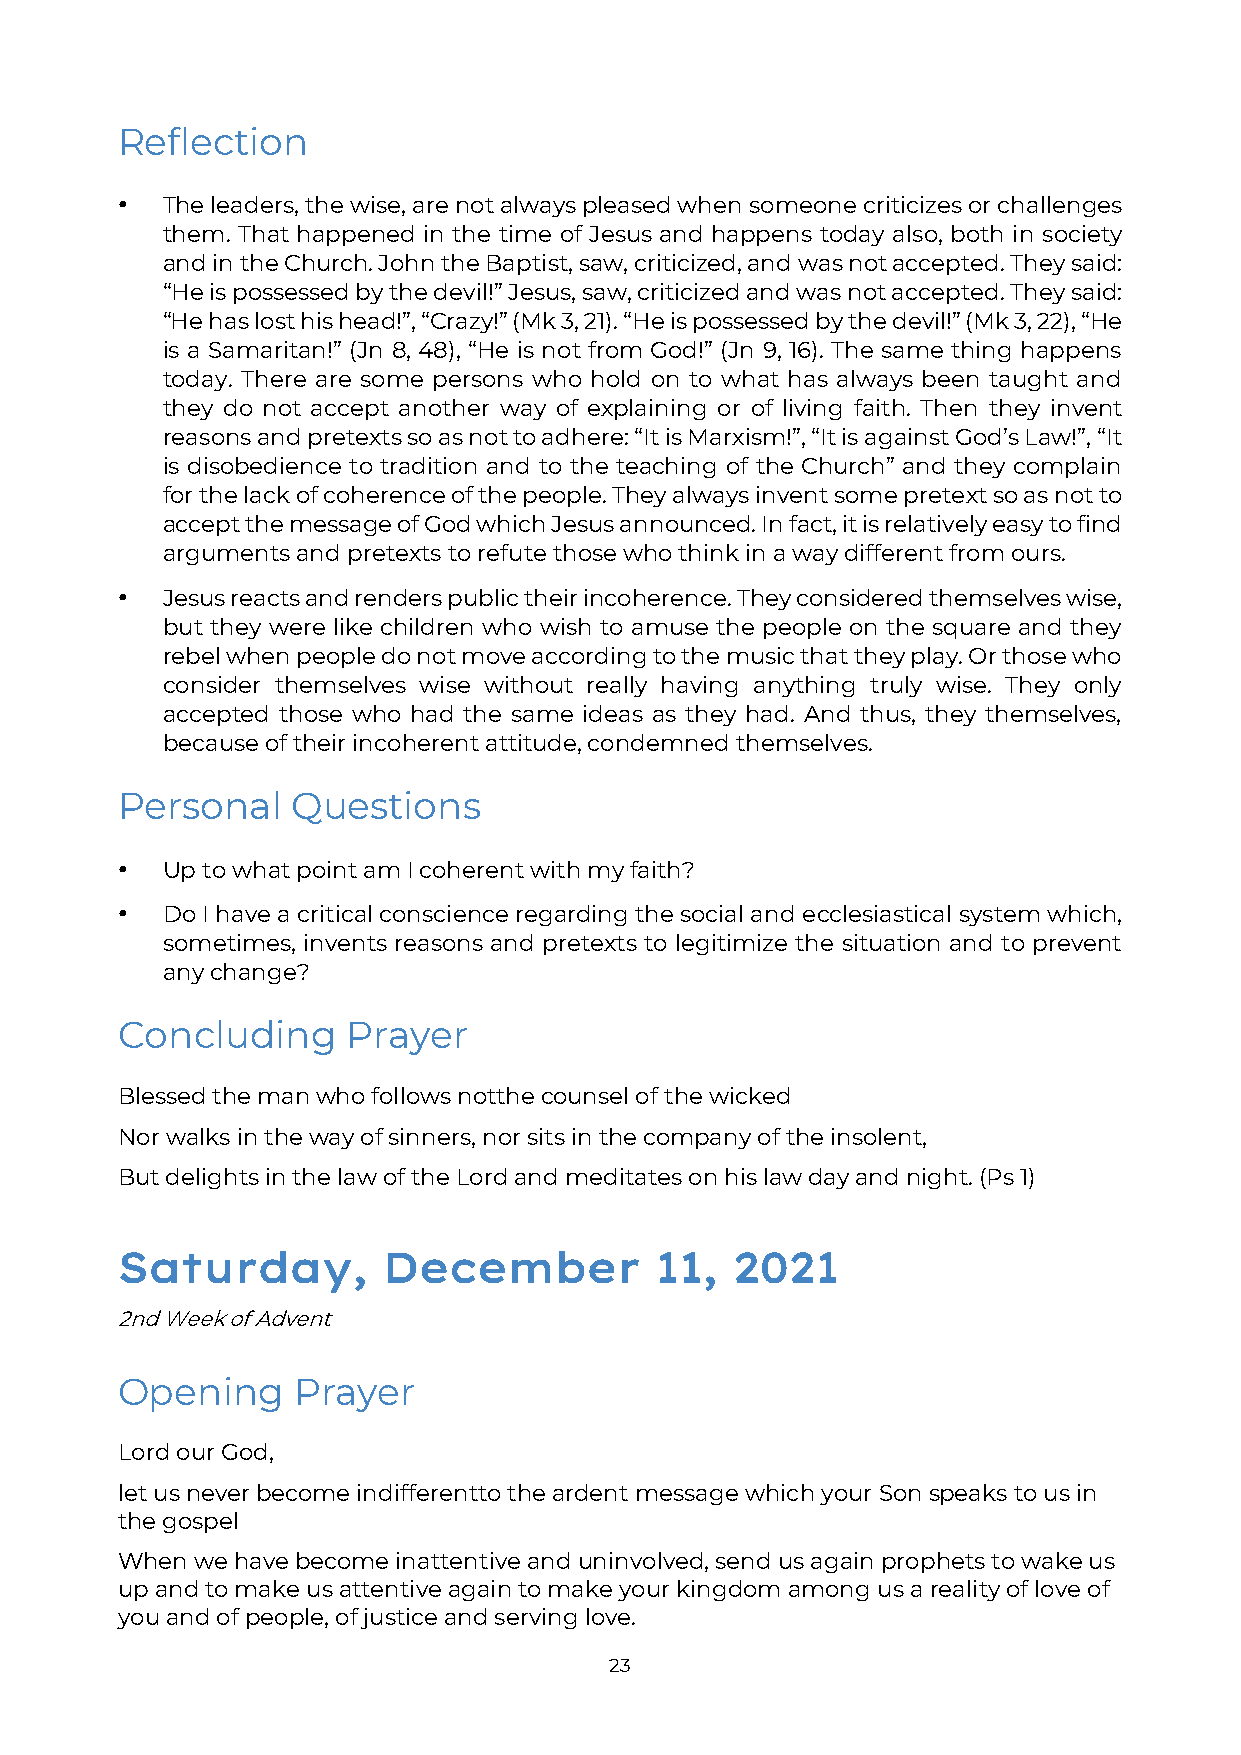
Reflection
 •  The leaders, the wise, are not always pleased when someone criticizes or challenges
 them. That happened in the time of Jesus and happens today also, both in society
 and in the Church. John the Baptist, saw, criticized, and was not accepted. They said:
 “He is possessed by the devil!” Jesus, saw, criticized and was not accepted. They said:
 “He has lost his head!”, “Crazy!” (Mk 3, 21). “He is possessed by the devil!” (Mk 3, 22), “He
 is a Samaritan!” (Jn 8, 48), “He is not from God!” (Jn 9, 16). The same thing happens
 today. There are some persons who hold on to what has always been taught and
 they do not accept another way of explaining or of living faith. Then they invent
 reasons and pretexts so as not to adhere: “It is Marxism!”, “It is against God’s Law!”, “It
 is disobedience to tradition and to the teaching of the Church” and they complain
 for the lack of coherence of the people. They always invent some pretext so as not to
 accept the message of God which Jesus announced. In fact, it is relatively easy to find
 arguments and pretexts to refute those who think in a way different from ours.
 •  Jesus reacts and renders public their incoherence. They considered themselves wise,
 but they were like children who wish to amuse the people on the square and they
 rebel when people do not move according to the music that they play. Or those who
 consider themselves wise without really having anything truly wise. They only
 accepted those who had the same ideas as they had. And thus, they themselves,
 because of their incoherent attitude, condemned themselves.
 Personal   Questions
 •  Up to what point am I coherent with my faith?
 •  Do I have a critical conscience regarding the social and ecclesiastical system which,
 sometimes, invents reasons and pretexts to legitimize the situation and to prevent
 any change?
 Concluding     Prayer
 Blessed the man who follows not the counsel of the wicked
 Nor walks in the way of sinners, nor sits in the company of the insolent,
 But delights in the law of the Lord and meditates on his law day and night. (Ps 1)
 Saturday,        December          11,   2021
 2nd Week of Advent
 Opening    Prayer
 Lord our God,
 let us never become indifferent to the ardent message which your Son speaks to us in
 the gospel
 When we have become inattentive and uninvolved, send us again prophets to wake us
 up and to make us attentive again to make your kingdom among us a reality of love of
 you and of people, of justice and serving love.
 23